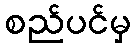
စည်ပင်မှ